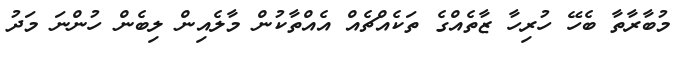
މުބާރާތާ ބެހޭ ހުރިހާ ޒާތެއްގެ ތަކެއްޗެއް އެއްތާކުން މާލެއިން ލިބެން ހުންނަ މަދު